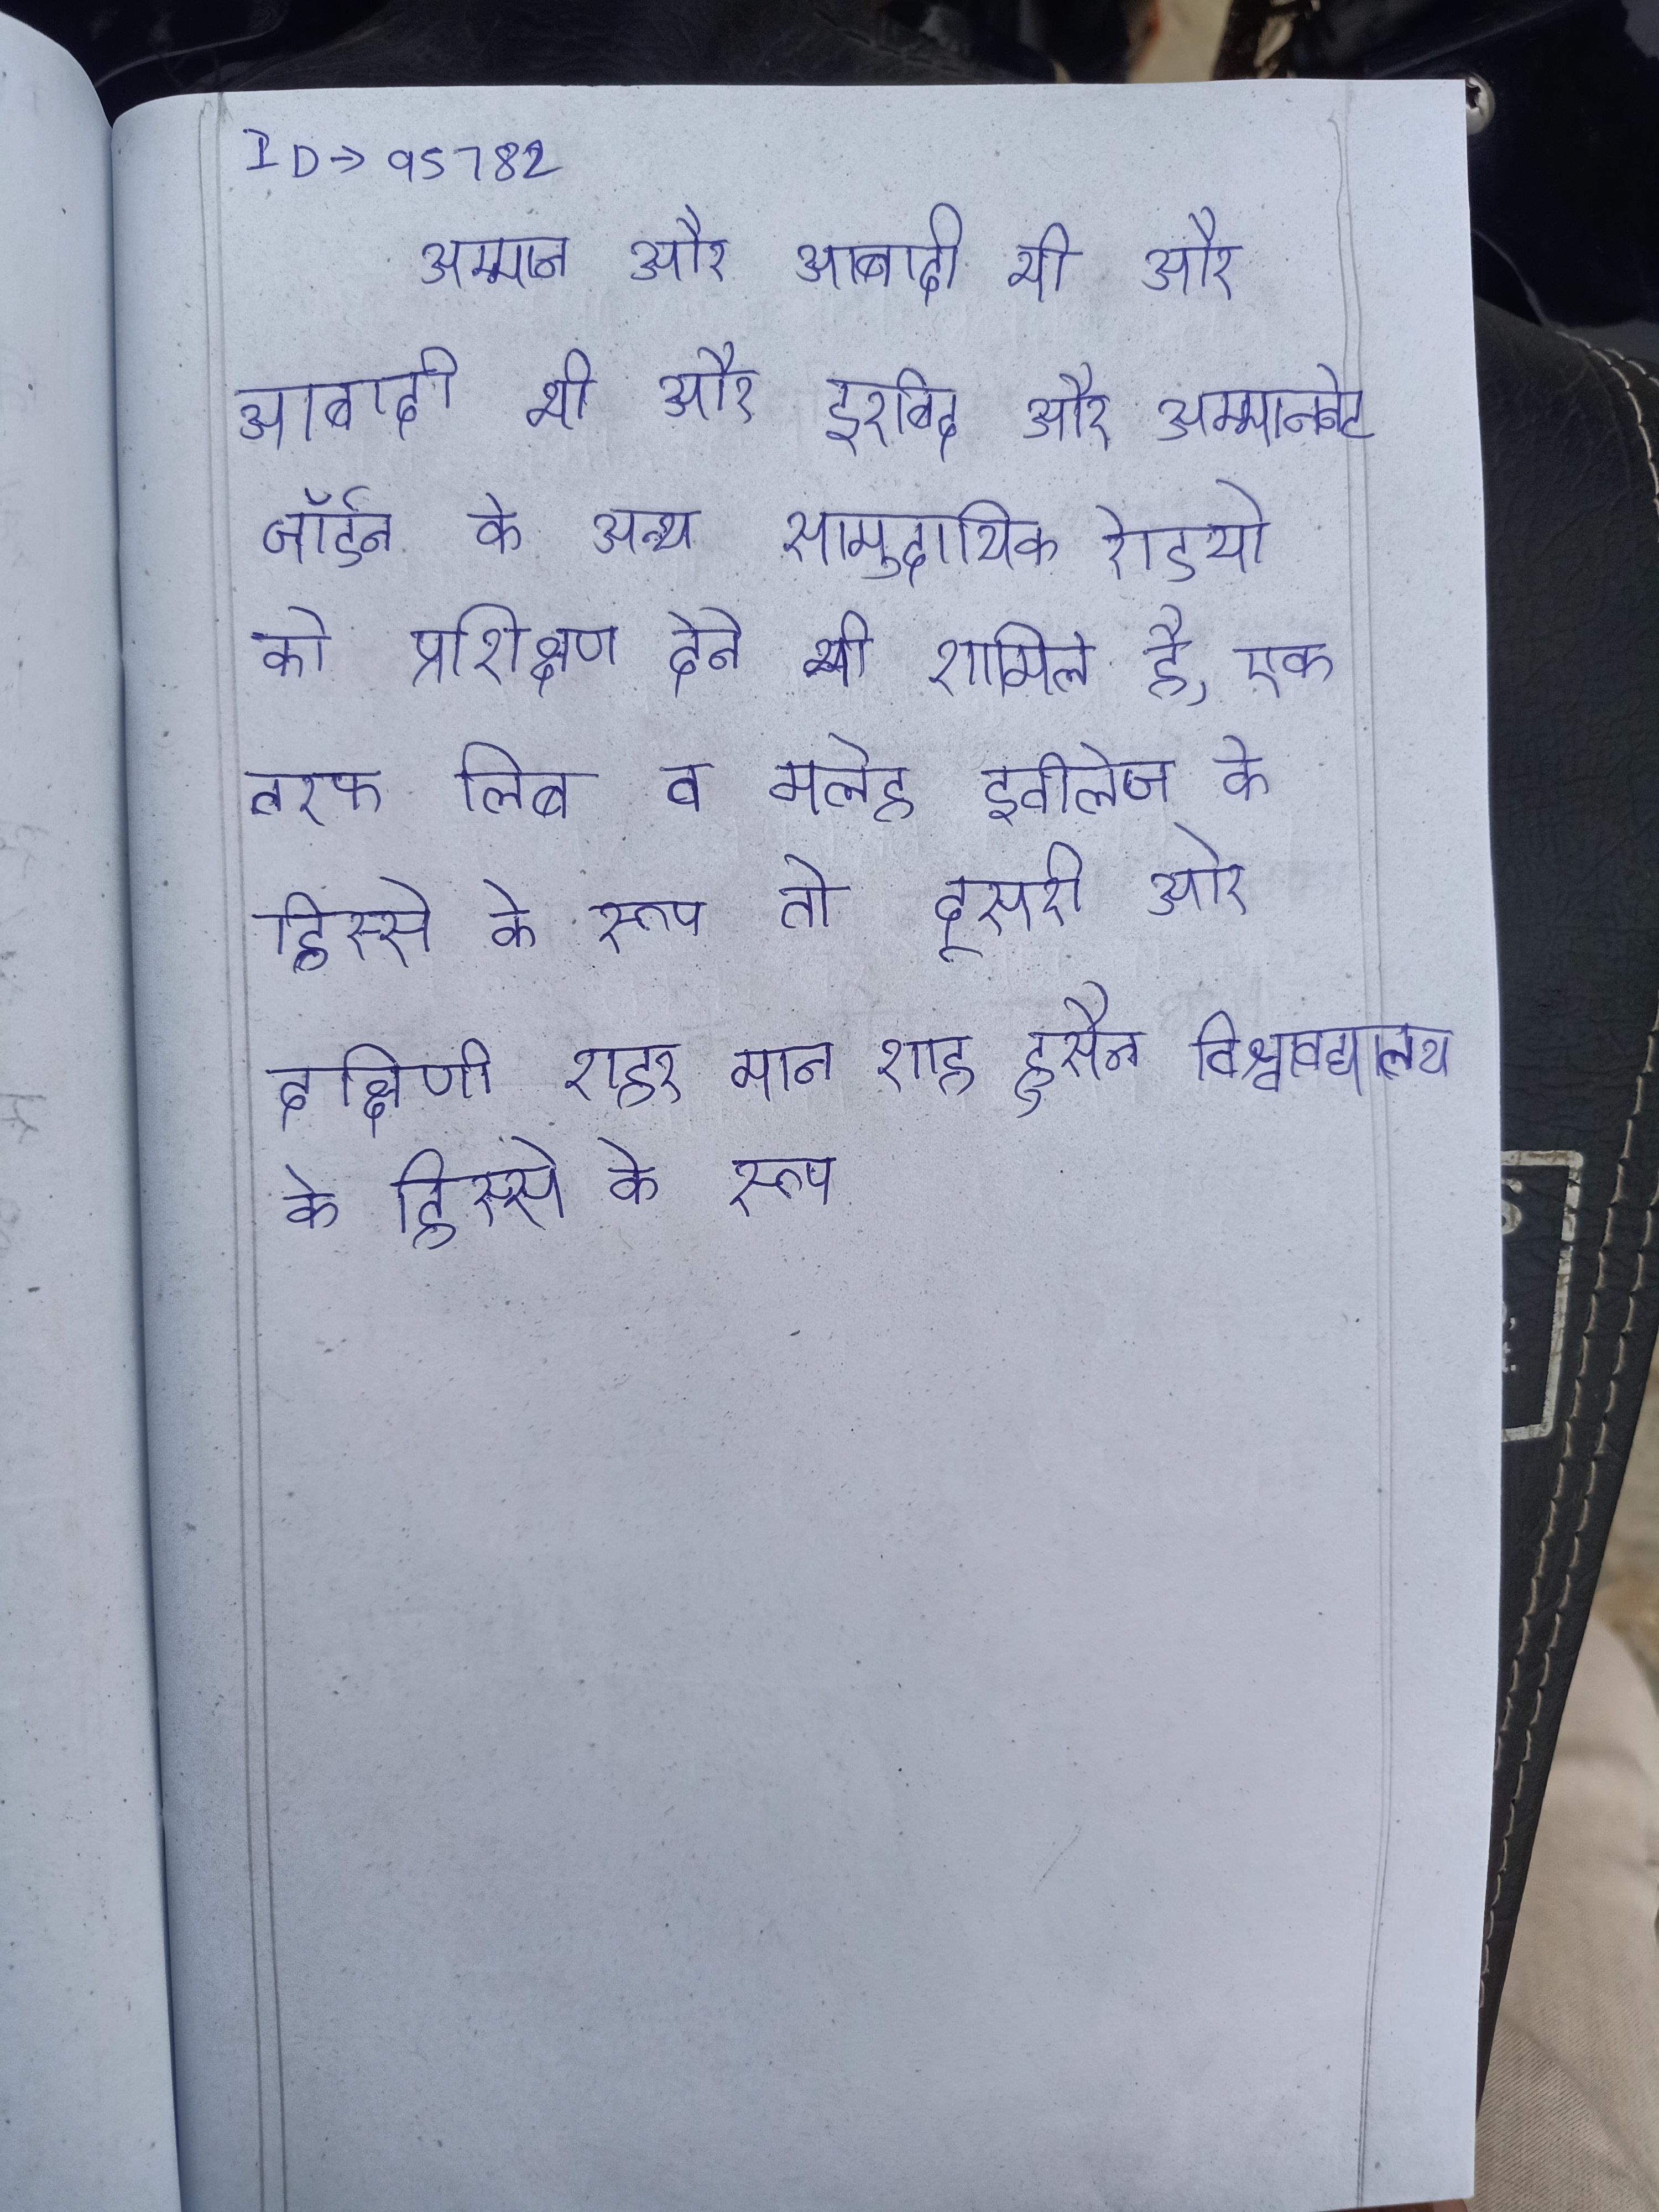
अम्मान और आबादी भी और इरबिद और अकाबा एक छोटी । अम्माननेट जॉर्डन के अन्य सामुदायिक रेडियो को प्रशिक्षण देने भी शामिल है, एक तरफ लिब व मलेह इवीलेज के हिस्से के रूप तो दूसरी ओर दक्षिणी शहर मान शाह हुसैन विश्वविद्यालय के हिस्से के रूप .